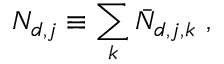
N _ { d , j } \equiv \sum _ { k } \bar { N } _ { d , j , k } \ ,